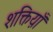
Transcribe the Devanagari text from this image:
शक्तिय़ाँ